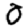
Digit: 0